Madras plague regulations and rules - Volume 2
Disease focus: Plague
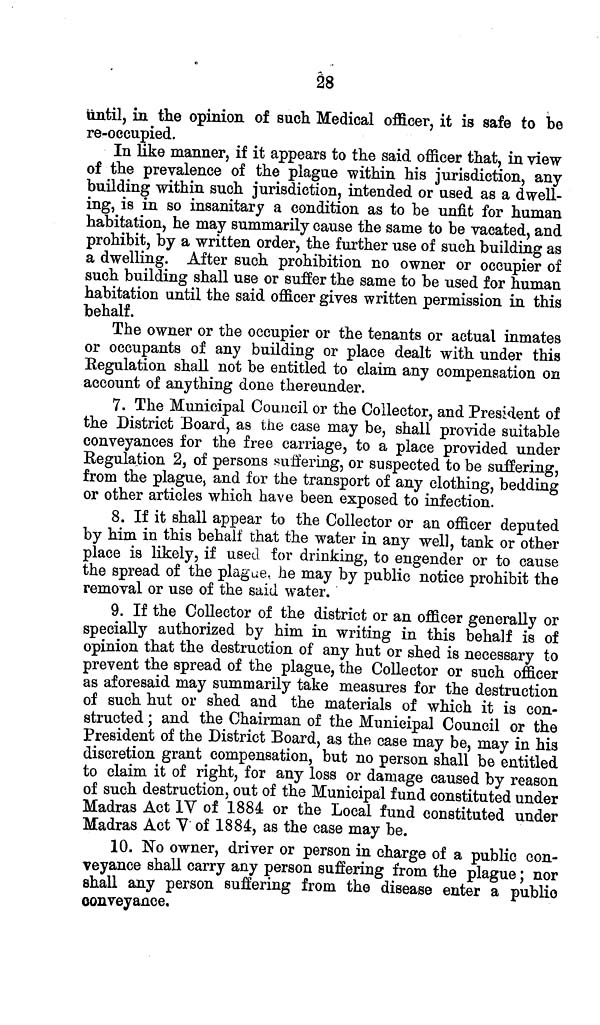
28
until, in the opinion of such Medical officer, it is safe to be
re-occupied.
In like manner, if it appears to the said officer that, in view
of the prevalence of the plague within his jurisdiction, any
building within such jurisdiction, intended or used as a dwell-
ing, is in so insanitary a condition as to be unfit for human
habitation, he may summarily cause the same to be vacated, and
prohibit, by a written order, the further use of such building as
a dwelling. After such prohibition no owner or occupier of
such building shall use or suffer the same to be used for human
habitation until the said officer gives written permission in this
behalf.
The owner or the occupier or the tenants or actual inmates
or occupants of any building or place dealt with under this
Regulation shall not be entitled to claim any compensation on
account of anything done thereunder.
7. The Municipal Council or the Collector, and President of
the District Board, as the case may be, shall provide suitable
conveyances for the free carriage, to a place provided under
Regulation 2, of persons suffering, or suspected to be suffering,
from the plague, and for the transport of any clothing, bedding
or other articles which have been exposed to infection.
8. If it shall appear to the Collector or an officer deputed
by him in this behalf that the water in any well, tank or other
place is likely, if used for drinking, to engender or to cause
the spread of the plague, he may by public notice prohibit the
removal or use of the said water.
9. If the Collector of the district or an officer generally or
specially authorized by him in writing in this behalf is of
opinion that the destruction of any hut or shed is necessary to
prevent the spread of the plague, the Collector or such officer
as aforesaid may summarily take measures for the destruction
of such hut or shed and the materials of which it is con-
structed ; and the Chairman of the Municipal Council or the
President of the District Board, as the case may be, may in his
discretion grant compensation, but no person shall be entitled
to claim it of right, for any loss or damage caused by reason
of such destruction, out of the Municipal fund constituted under
Madras Act IV of 1884 or the Local fund constituted under
Madras Act V of 1884, as the case may be.
10. No owner, driver or person in charge of a public con-
veyance shall carry any person suffering from the plague ; nor
shall any person suffering from the disease enter a public
conveyance.